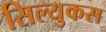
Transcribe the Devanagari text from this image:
सिल्युकस